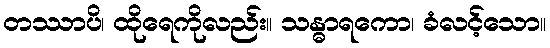
တဿာပိ၊ ထိုရေကိုလည်း။ သန္ဓာရကော၊ ခံလင့်သော။